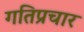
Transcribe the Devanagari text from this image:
गतिप्रचार